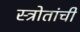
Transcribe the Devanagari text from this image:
स्त्रोतांची